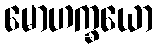
မောဟက္ခယော